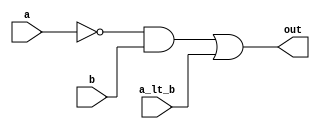
`timescale 1ns / 1ps

module comparator_1bit(
    input wire a, b,   // 1-bit inputs
    input wire a_lt_b,  // a less-than b (from previous comparator)
    output wire out
);
    wire a_inv, a_and_b; // inverted a bit, output of a&b

    assign a_inv = ~a;
    assign a_and_b = a_inv & b;

    assign out = a_and_b | a_lt_b;

endmodule